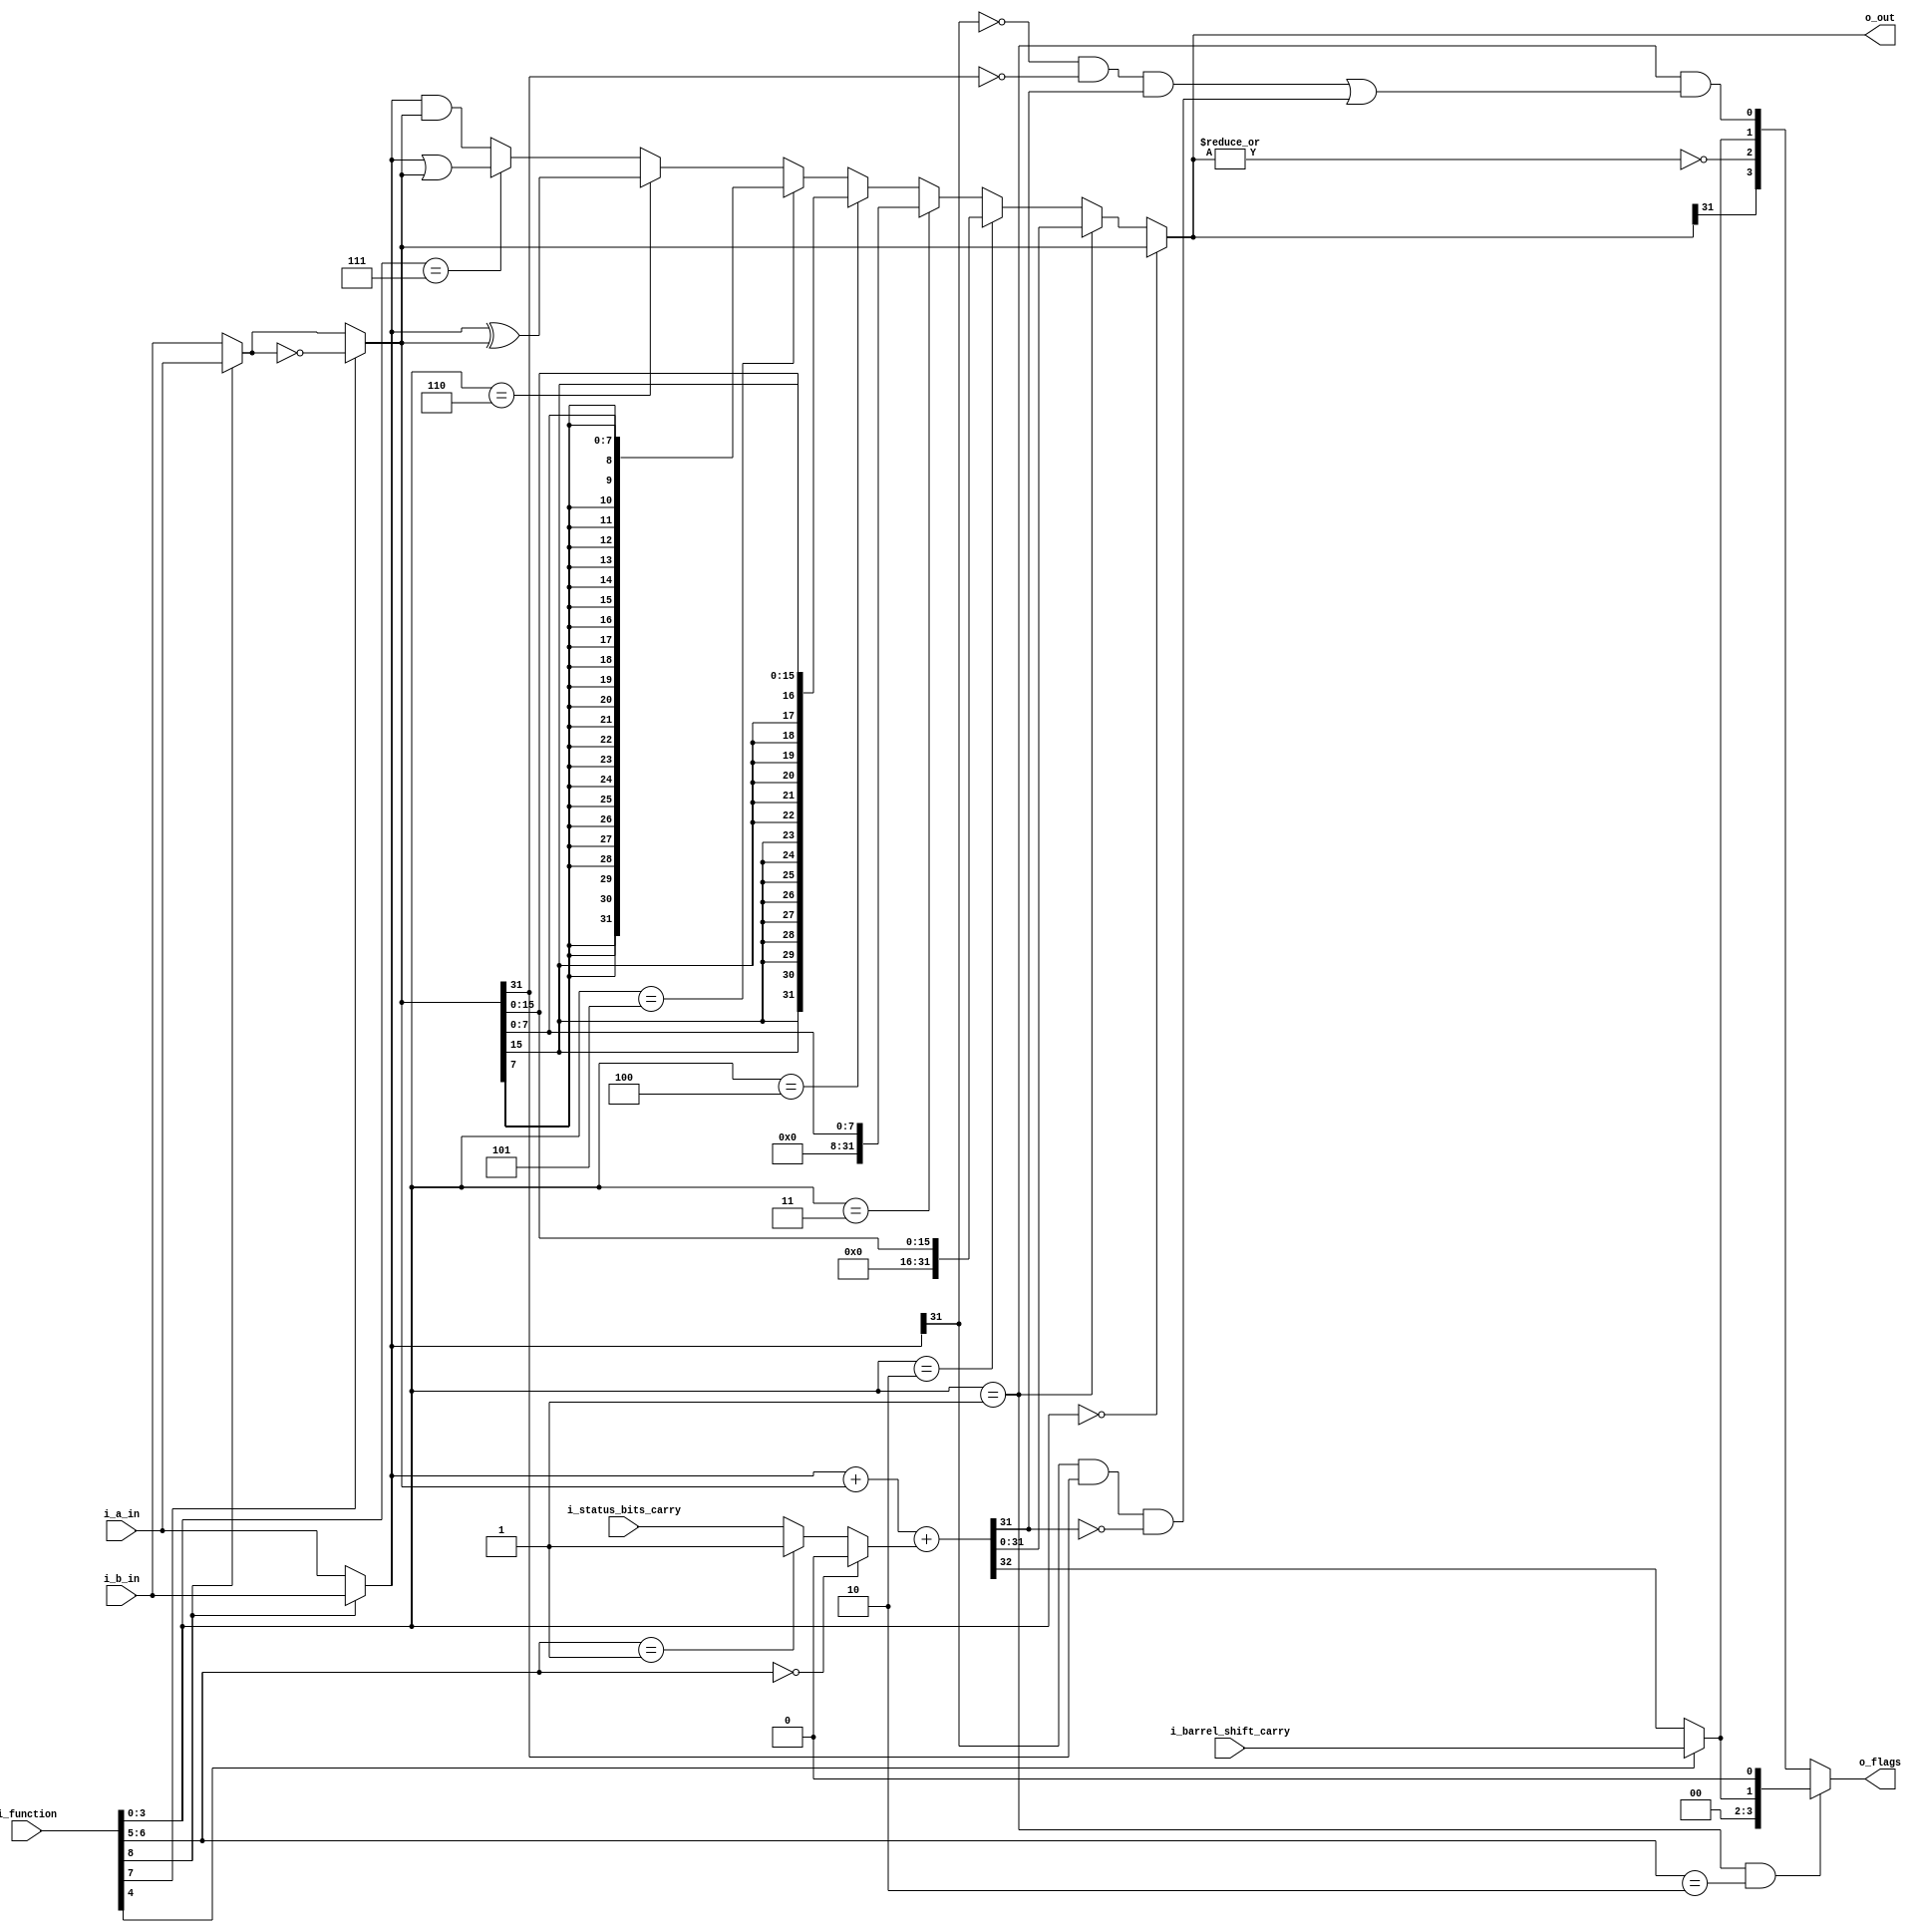
//////////////////////////////////////////////////////////////////
//                                                              //
//  Arithmetic Logic Unit (ALU) for Amber 2 Core                //
//                                                              //
//  This file is part of the Amber project                      //
//  http://www.opencores.org/project,amber                      //
//                                                              //
//  Description                                                 //
//  Supported functions: 32-bit add and subtract, AND, OR,      //
//  XOR, NOT, Zero extent 8-bit numbers                         //
//                                                              //
//  Author(s):                                                  //
//      - Conor Santifort, csantifort.amber@gmail.com           //
//                                                              //
//////////////////////////////////////////////////////////////////
//                                                              //
// Copyright (C) 2010 Authors and OPENCORES.ORG                 //
//                                                              //
// This source file may be used and distributed without         //
// restriction provided that this copyright statement is not    //
// removed from the file and that any derivative work contains  //
// the original copyright notice and the associated disclaimer. //
//                                                              //
// This source file is free software; you can redistribute it   //
// and/or modify it under the terms of the GNU Lesser General   //
// Public License as published by the Free Software Foundation; //
// either version 2.1 of the License, or (at your option) any   //
// later version.                                               //
//                                                              //
// This source is distributed in the hope that it will be       //
// useful, but WITHOUT ANY WARRANTY; without even the implied   //
// warranty of MERCHANTABILITY or FITNESS FOR A PARTICULAR      //
// PURPOSE.  See the GNU Lesser General Public License for more //
// details.                                                     //
//                                                              //
// You should have received a copy of the GNU Lesser General    //
// Public License along with this source; if not, download it   //
// from http://www.opencores.org/lgpl.shtml                     //
//                                                              //
//////////////////////////////////////////////////////////////////


module a23_alu (
input       [31:0]          i_a_in,
input       [31:0]          i_b_in,
input                       i_barrel_shift_carry,
input                       i_status_bits_carry,
input       [8:0]           i_function,


output      [31:0]          o_out,
output      [3:0]           o_flags       // negative, zero, carry, overflow
);

wire     [31:0]         a, b, b_not;
wire     [31:0]         and_out, or_out, xor_out;
wire     [31:0]         sign_ex8_out, sign_ex_16_out;
wire     [31:0]         zero_ex8_out, zero_ex_16_out;
wire     [32:0]         fadder_out;
wire                    swap_sel;
wire                    not_sel;
wire     [1:0]          cin_sel;
wire                    cout_sel;
wire     [3:0]          out_sel;
wire                    carry_in;
wire                    carry_out;
wire                    overflow_out;
wire                    fadder_carry_out;

assign  { swap_sel, not_sel, cin_sel, cout_sel, out_sel } = i_function;


// ========================================================
// A Select
// ========================================================
assign a     = (swap_sel ) ? i_b_in : i_a_in ;

// ========================================================
// B Select
// ========================================================
assign b     = (swap_sel ) ? i_a_in : i_b_in ;
                             
// ========================================================
// Not Select
// ========================================================
assign b_not     = (not_sel ) ? ~b : b ;
                             
// ========================================================
// Cin Select
// ========================================================
assign carry_in  = (cin_sel==2'd0 ) ? 1'd0                   :
                   (cin_sel==2'd1 ) ? 1'd1                   :
                                      i_status_bits_carry    ;  // add with carry

// ========================================================
// Cout Select
// ========================================================
assign carry_out = (cout_sel==1'd0 ) ? fadder_carry_out     :
                                       i_barrel_shift_carry ;

// For non-addition/subtractions that incorporate a shift 
// operation, C is set to the last bit
// shifted out of the value by the shifter.


// ========================================================
// Overflow out
// ========================================================
// Only assert the overflow flag when using the adder
assign  overflow_out    = out_sel == 4'd1 &&
                            // overflow if adding two positive numbers and get a negative number
                          ( (!a[31] && !b_not[31] && fadder_out[31]) ||
                            // or adding two negative numbers and get a positive number
                            (a[31] && b_not[31] && !fadder_out[31])     );


// ========================================================
// ALU Operations
// ========================================================

assign fadder_out       = { 1'd0,a} + {1'd0,b_not} + {32'd0,carry_in};
assign fadder_carry_out = fadder_out[32];
assign and_out          = a & b_not;
assign or_out           = a | b_not;
assign xor_out          = a ^ b_not;
assign zero_ex8_out     = {24'd0,  b_not[7:0]};
assign zero_ex_16_out   = {16'd0,  b_not[15:0]};
assign sign_ex8_out     = {{24{b_not[7]}},  b_not[7:0]};
assign sign_ex_16_out   = {{16{b_not[15]}}, b_not[15:0]};
                          
// ========================================================
// Out Select
// ========================================================
assign o_out = out_sel == 4'd0 ? b_not            : 
               out_sel == 4'd1 ? fadder_out[31:0] : 
               out_sel == 4'd2 ? zero_ex_16_out   :
               out_sel == 4'd3 ? zero_ex8_out     :
               out_sel == 4'd4 ? sign_ex_16_out   :
               out_sel == 4'd5 ? sign_ex8_out     :
               out_sel == 4'd6 ? xor_out          :
               out_sel == 4'd7 ? or_out           :
                                 and_out          ;

wire only_carry;
// activate for adc
assign only_carry = (out_sel == 4'd1)  && (cin_sel == 2'd2);

assign o_flags = only_carry ?
                 {1'b0, 1'b0, carry_out, 1'b0}:
                 {
                 o_out[31],      // negative
                 |o_out == 1'd0,  // zero
                 carry_out,       // carry
                 overflow_out     // overflow
                 };
                         
                                     
endmodule